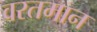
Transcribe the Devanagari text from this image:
वरतमान